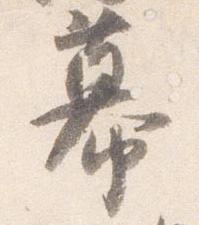
幕